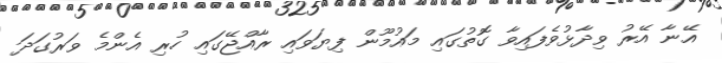
އޭނާ އޭރު ވިދާޅުވެފައިވާ ގޮތުގައި މައުމޫން ފިޔަވައި ރާއްޖޭގައި ހުރި އެންމެ ވަރުގަދަ